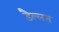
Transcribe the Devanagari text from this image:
डैल्लस